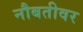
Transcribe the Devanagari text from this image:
नौबतीवर